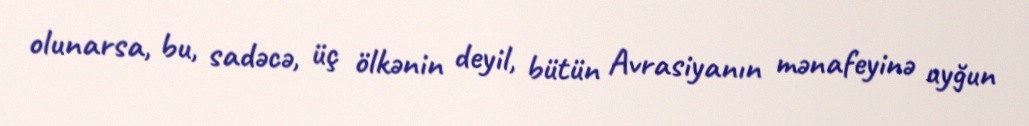
olunarsa, bu, sadəcə, üç ölkənin deyil, bütün Avrasiyanın mənafeyinə uyğun